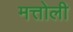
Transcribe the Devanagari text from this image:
मत्तोली